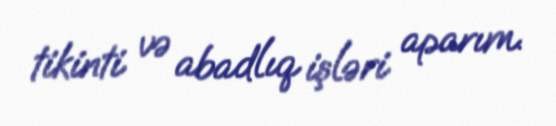
tikinti və abadlıq işləri aparım.